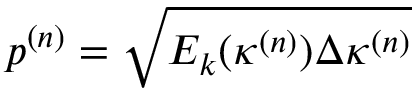
p ^ { ( n ) } = \sqrt { E _ { k } ( \kappa ^ { ( n ) } ) \Delta \kappa ^ { ( n ) } }